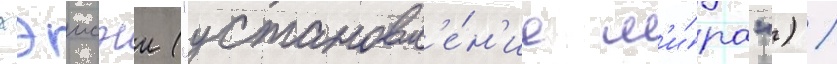
хэисэи ("установл'е́н'ие м'и́ра") /